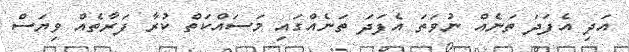
އަދި އެފަދަ ތަނެއް ނުވަތަ އެފަދަ ތަނެއްގައި މަސައްކަތް ކުރާ ފަރާތެއް ވިޔަސް